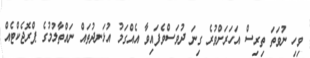
ވިހި ނުވަތަ ތިރިސް އަހަރަށްވުރެ ގިނަ ދުވަސްވެފައިވާ އެއްގަމު އުޅަނދުތައް ނައްތާލުމުގެ ޕްރޮޖެކްޓެއް